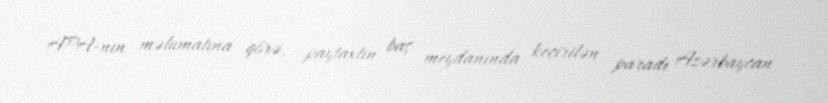
APA-nın məlumatına görə, paytaxtın baş meydanında keçirilən paradı Azərbaycan